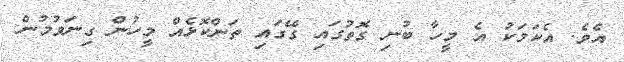
އެވެ. އެކަމަކު އެ މީހާ ބުނި ގޮތުގައި ގޭގައި ތަންކޮޅެއް މީހުން ގިނަވުމުން